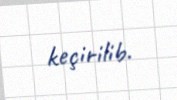
keçirilib.